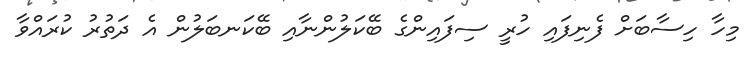
މިހާ ހިސާބަށް ފެނިފައި ހުރީ ސިފައިންގެ ބޭކަލުންނާއި ބޭކަނބަލުން އެ ދަތުރު ކުރައްވާ